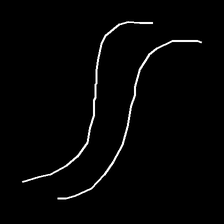
Glyph: float